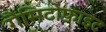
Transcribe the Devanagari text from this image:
गैमिटोफाइट